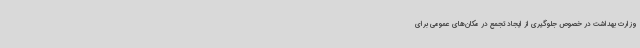
وزارت بهداشت در خصوص جلوگیری از ایجاد تجمع در مکان‌های عمومی برای